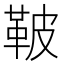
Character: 鞁